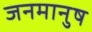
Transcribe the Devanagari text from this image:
जनमानुष